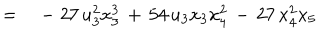
LaTeX: \qquad \qquad = \quad - \; 2 7 \, u _ { 3 } ^ { 2 } x _ { 3 } ^ { 3 } \, + \, 5 4 \, u _ { 3 } x _ { 3 } x _ { 4 } ^ { 2 } \, - \, 2 7 \, x _ { 4 } ^ { 2 } x _ { 5 }